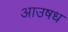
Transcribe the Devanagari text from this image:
आउषध